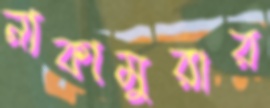
নাকামুরার